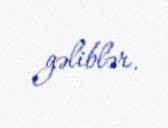
gəliblər.